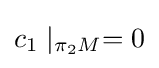
c_{1}\mid _{\pi _{2}M}=0